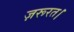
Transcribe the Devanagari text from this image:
ज़रूरत।